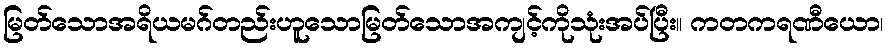
မြတ်သောအရိယမဂ်တည်းဟူသောမြတ်သောအကျင့်ကိုသုံးအပ်ပြီး။ ကတကရဏီယော၊